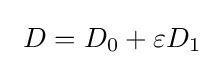
\ D=D_{0}+\varepsilon D_{1}~